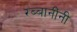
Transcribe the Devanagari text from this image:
रब्बानींनी